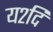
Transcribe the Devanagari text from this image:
य२दि